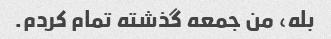
بله، من جمعه گذشته تمام کردم.